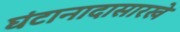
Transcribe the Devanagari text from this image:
घंटानादासारखे